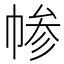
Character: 㡎